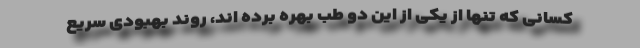
کسانی که تنها از یکی از این دو طب بهره برده اند، روند بهبودی سریع